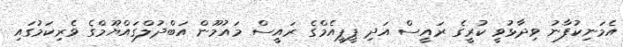
އެމަނިކުފާނު ވިދާޅުވީ ކުރީގެ ރައީސް އަދި ޕީޕީއެމްގެ ރައީސް މައުމޫން އަބްދުލްގައްޔޫމްގެ ވެރިކަމުގައި